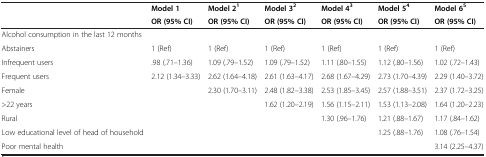
<table><thead><tr><td rowspan="2"><b> </b></td><td><b>Model 1</b></td><td><b>Model 2<sup>1</sup></b></td><td><b>Model 3<sup>2</sup></b></td><td><b>Model 4<sup>3</sup></b></td><td><b>Model 5<sup>4</sup></b></td><td><b>Model 6<sup>5</sup></b></td></tr><tr><td><b>OR (95% CI)</b></td><td><b>OR (95% CI)</b></td><td><b>OR (95% CI)</b></td><td><b>OR (95% CI)</b></td><td><b>OR (95% CI)</b></td><td><b>OR (95% CI)</b></td></tr></thead><tbody><tr><td>Alcohol consumption in the last 12 months</td><td> </td><td> </td><td> </td><td> </td><td> </td><td> </td></tr><tr><td>Abstainers</td><td>1 (Ref)</td><td>1 (Ref)</td><td>1 (Ref)</td><td>1 (Ref)</td><td>1 (Ref)</td><td>1 (Ref)</td></tr><tr><td>Infrequent users</td><td>.98 (.71–1.36)</td><td>1.09 (.79–1.52)</td><td>1.09 (.79–1.52)</td><td>1.11 (.80–1.55)</td><td>1.12 (.80–1.56)</td><td>1.02 (.72–1.43)</td></tr><tr><td>Frequent users</td><td>2.12 (1.34–3.33)</td><td>2.62 (1.64–4.18)</td><td>2.61 (1.63–4.17)</td><td>2.68 (1.67–4.29)</td><td>2.73 (1.70–4.39)</td><td>2.29 (1.40–3.72)</td></tr><tr><td>Female</td><td> </td><td>2.30 (1.70–3.11)</td><td>2.48 (1.82–3.38)</td><td>2.53 (1.85–3.45)</td><td>2.57 (1.88–3.51)</td><td>2.37 (1.72–3.25)</td></tr><tr><td>&gt;22 years</td><td> </td><td> </td><td>1.62 (1.20–2.19)</td><td>1.56 (1.15–2.11)</td><td>1.53 (1.13–2.08)</td><td>1.64 (1.20–2.23)</td></tr><tr><td>Rural</td><td> </td><td> </td><td> </td><td>1.30 (.96–1.76)</td><td>1.21 (.88–1.67)</td><td>1.17 (.84–1.62)</td></tr><tr><td>Low educational level of head of household</td><td> </td><td> </td><td> </td><td> </td><td>1.25 (.88–1.76)</td><td>1.08 (.76–1.54)</td></tr><tr><td>Poor mental health</td><td> </td><td> </td><td> </td><td> </td><td> </td><td>3.14 (2.25–4.37)</td></tr></tbody></table>